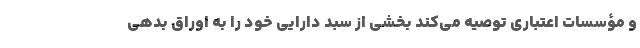
و مؤسسات اعتباری توصیه می‌کند بخشی از سبد دارایی خود را به اوراق بدهی